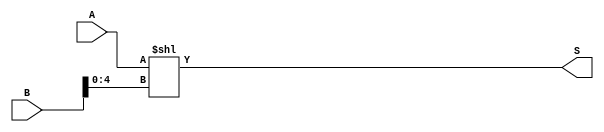
module LeftLShifter ( 
    input wire [31:0] A, B,
    output [31:0] S
    );
    
    assign S = A << B[4:0];

endmodule